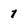
Character: 1